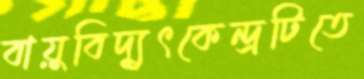
বায়ুবিদ্যুৎকেন্দ্রটিতে